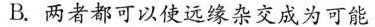
B. 两者都可以使远缘杂交成为可能